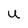
Character: u